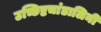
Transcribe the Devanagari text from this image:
उच्छिष्टचांडालिनी